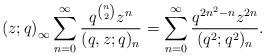
LaTeX: \begin{align*}\left(z;q\right)_{\infty}\sum_{n=0}^{\infty}\frac{q^{\binom{n}{2}}z^{n}}{(q,z;q)_{n}}=\sum_{n=0}^{\infty}\frac{q^{2n^{2}-n}z^{2n}}{(q^{2};q^{2})_{n}}.\end{align*}